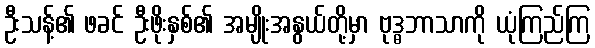
ဦးသန့်၏ ဖခင် ဦးဖိုးနှစ်၏ အမျိုးအနွယ်တို့မှာ ဗုဒ္ဓဘာသာကို ယုံကြည်ကြ